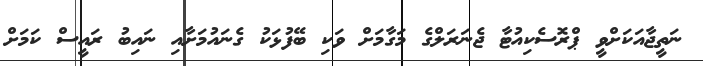
ނަތީޖާއަކަށްވީ ޕްރޮސެކިއުޓާ ޖެނަރަލްގެ މަގާމަށް ވަކި ބޭފުޅަކު ގެނައުމަށާއި ނައިބު ރައީސް ކަމަށް